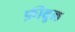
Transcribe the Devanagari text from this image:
फ़ीबुल